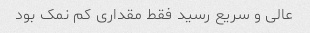
عالی و سریع رسید فقط مقداری کم نمک بود